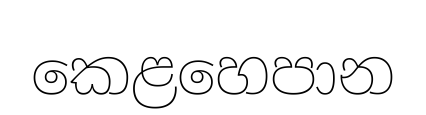
කෙළහෙපාන